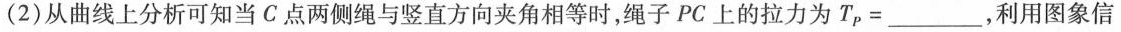
(2)从曲线上分析可知当C.点两侧绳与竖直方向夹角相等时，绳子PC上的拉力为$$T _ { P } = ___$$，利用图象信